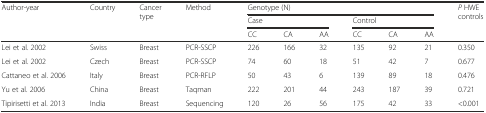
<table><thead><tr><td rowspan="3"><b>Author-year</b></td><td rowspan="3"><b>Country</b></td><td rowspan="3"><b>Cancer type</b></td><td rowspan="3"><b>Method</b></td><td colspan="6"><b>Genotype (N)</b></td><td rowspan="3"><b><i>P</i> HWE controls</b></td></tr><tr><td colspan="3"><b>Case</b></td><td colspan="3"><b>Control</b></td></tr><tr><td><b>CC</b></td><td><b>CA</b></td><td><b>AA</b></td><td><b>CC</b></td><td><b>CA</b></td><td><b>AA</b></td></tr></thead><tbody><tr><td>Lei et al. 2002</td><td>Swiss</td><td>Breast</td><td>PCR-SSCP</td><td>226</td><td>166</td><td>32</td><td>135</td><td>92</td><td>21</td><td>0.350</td></tr><tr><td>Lei et al. 2002</td><td>Czech</td><td>Breast</td><td>PCR-SSCP</td><td>74</td><td>60</td><td>18</td><td>51</td><td>42</td><td>7</td><td>0.677</td></tr><tr><td>Cattaneo et al. 2006</td><td>Italy</td><td>Breast</td><td>PCR-RFLP</td><td>50</td><td>43</td><td>6</td><td>139</td><td>89</td><td>18</td><td>0.476</td></tr><tr><td>Yu et al. 2006</td><td>China</td><td>Breast</td><td>Taqman</td><td>222</td><td>201</td><td>44</td><td>243</td><td>187</td><td>39</td><td>0.721</td></tr><tr><td>Tipirisetti et al. 2013</td><td>India</td><td>Breast</td><td>Sequencing</td><td>120</td><td>26</td><td>56</td><td>175</td><td>42</td><td>33</td><td>&lt;0.001</td></tr></tbody></table>